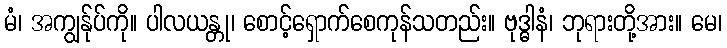
မံ၊ အကျွန်ုပ်ကို။ ပါလယန္တု၊ စောင့်ရှောက်စေကုန်သတည်း။ ဗုဒ္ဓါနံ၊ ဘုရားတို့အား။ မေ၊